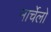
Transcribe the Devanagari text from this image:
मार्चेलो